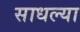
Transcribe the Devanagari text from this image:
साधल्या